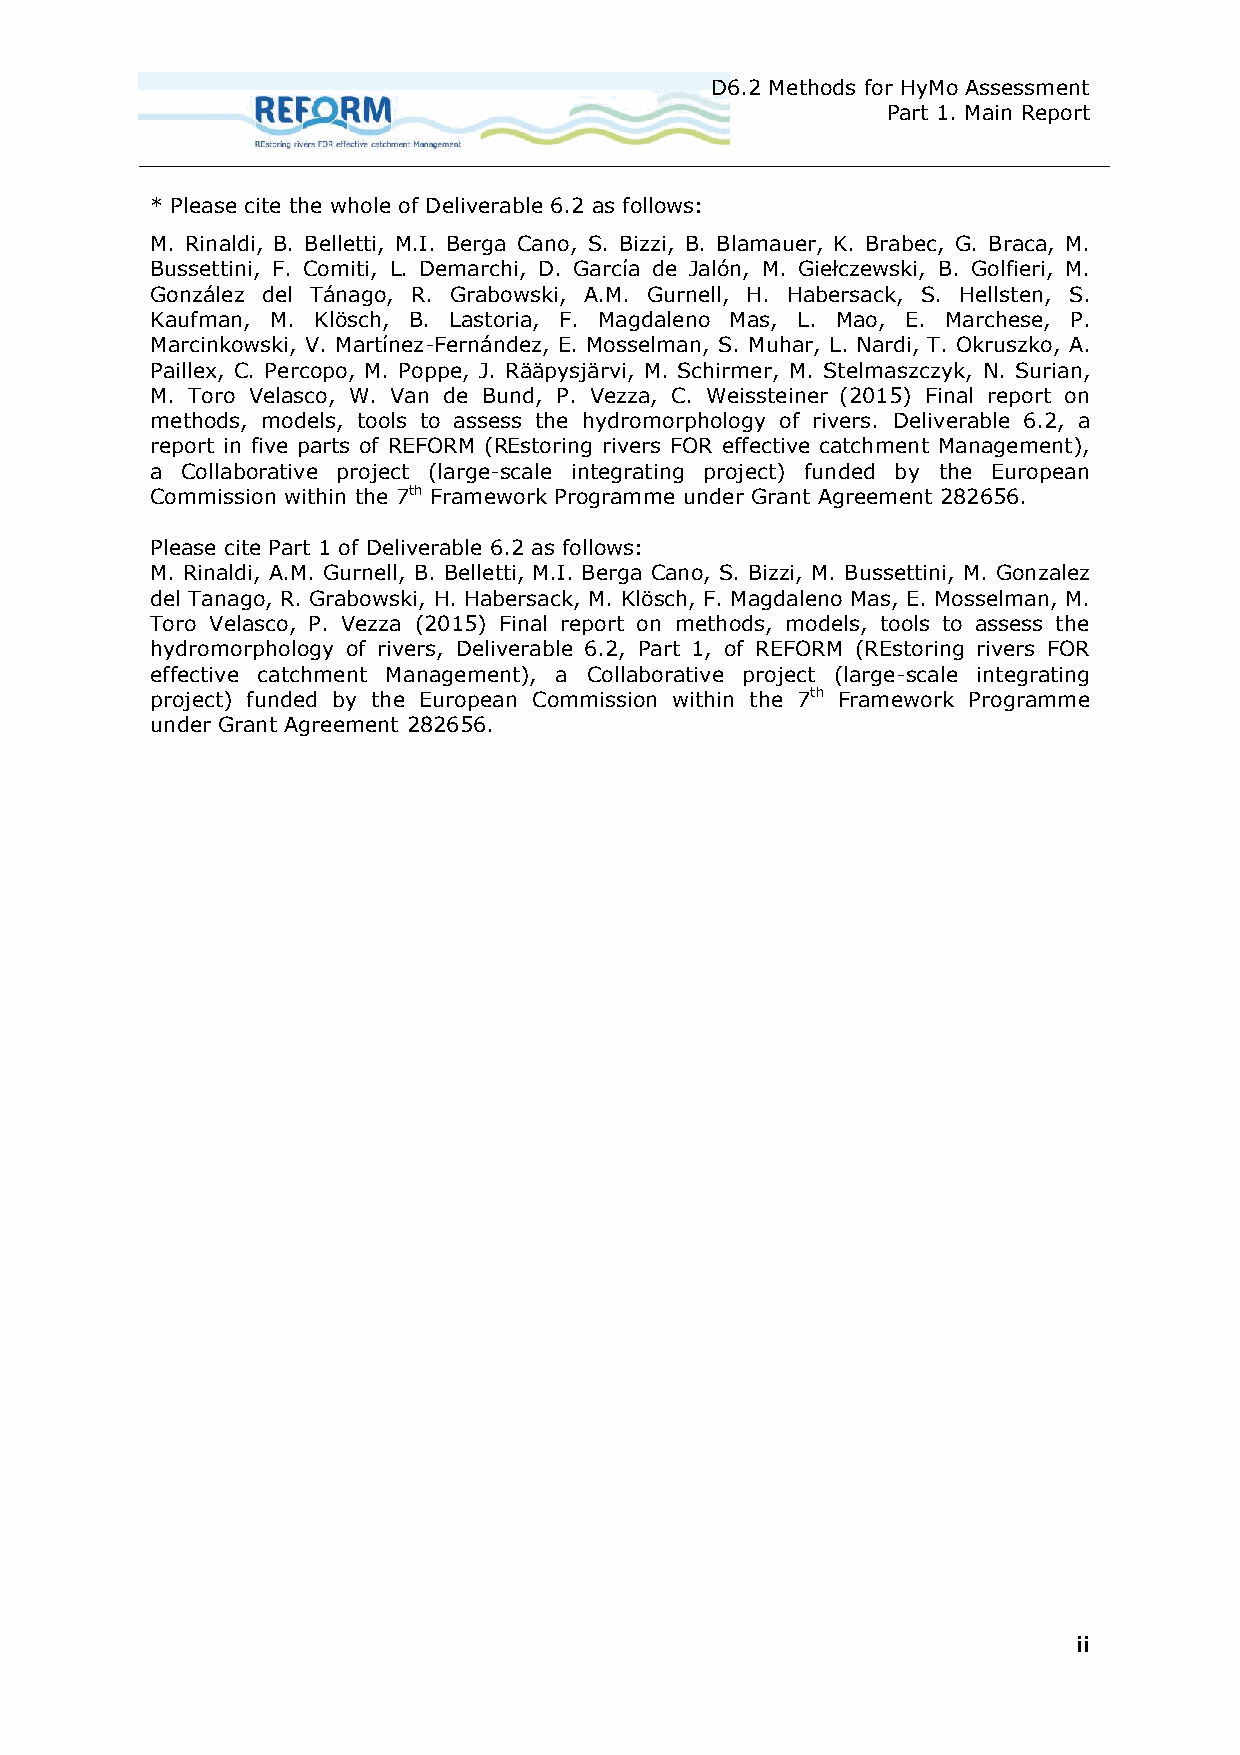
D6.2 Methods for HyMo Assessment
 Part 1. Main Report
 * Please cite the whole of Deliverable 6.2 as follows:
 M. Rinaldi, B. Belletti, M.I. Berga Cano, S. Bizzi, B. Blamauer, K. Brabec, G. Braca, M.
 Bussettini, F. Comiti, L. Demarchi, D. García de Jalón, M. Giełczewski, B. Golfieri, M.
 González del Tánago, R. Grabowski, A.M. Gurnell, H. Habersack, S. Hellsten, S.
 Kaufman, M. Klösch, B. Lastoria, F. Magdaleno Mas, L. Mao, E. Marchese, P.
 Marcinkowski, V. Martínez-Fernández, E. Mosselman, S. Muhar, L. Nardi, T. Okruszko, A.
 Paillex, C. Percopo, M. Poppe, J. Rääpysjärvi, M. Schirmer, M. Stelmaszczyk, N. Surian,
 M. Toro Velasco, W. Van de Bund, P. Vezza, C. Weissteiner (2015) Final report on
 methods, models, tools to assess the hydromorphology of rivers. Deliverable 6.2, a
 report in five parts of REFORM (REstoring rivers FOR effective catchment Management),
 a Collaborative project (large-scale integrating project) funded by the European
 Commission within the 7th Framework Programme under Grant Agreement 282656.
 Please cite Part 1 of Deliverable 6.2 as follows:
 M. Rinaldi, A.M. Gurnell, B. Belletti, M.I. Berga Cano, S. Bizzi, M. Bussettini, M. Gonzalez
 del Tanago, R. Grabowski, H. Habersack, M. Klösch, F. Magdaleno Mas, E. Mosselman, M.
 Toro Velasco, P. Vezza (2015) Final report on methods, models, tools to assess the
 hydromorphology of rivers, Deliverable 6.2, Part 1, of REFORM (REstoring rivers FOR
 effective catchment Management), a Collaborative project (large-scale integrating
 project) funded by the European Commission within the 7th Framework Programme
 under Grant Agreement 282656.
 ii